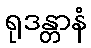
ရုဒန္တာနံ